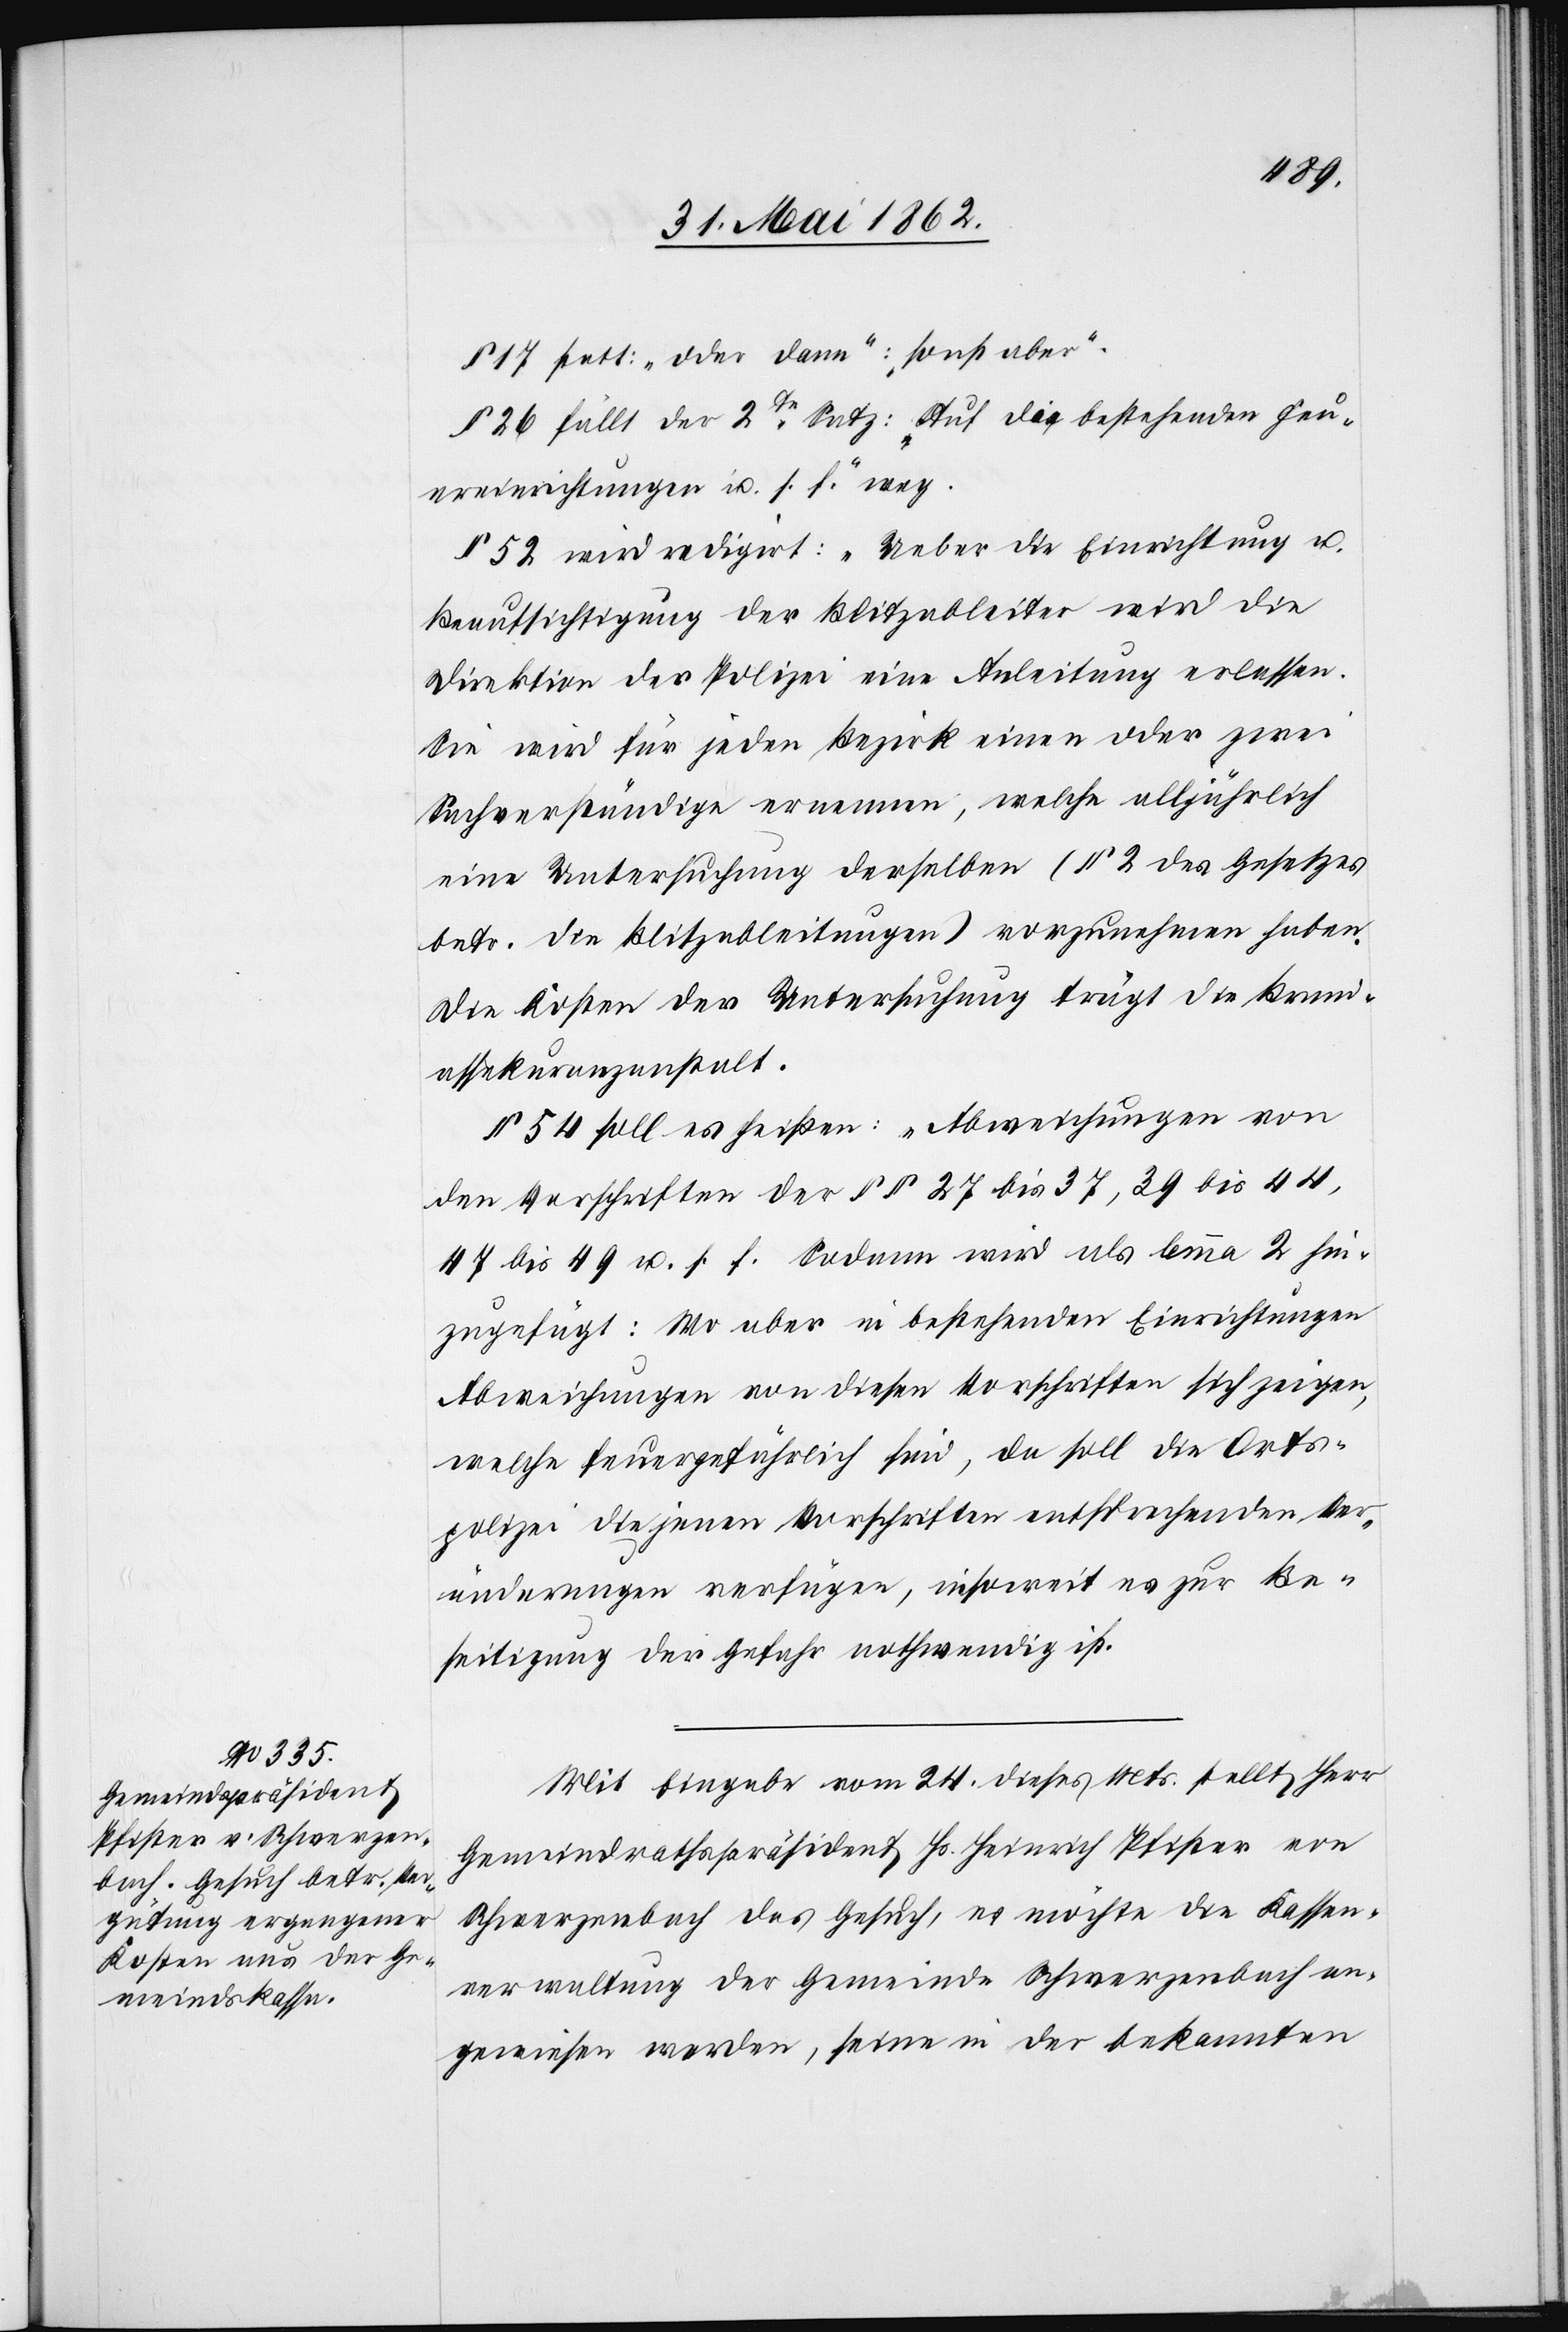
§ 17 statt „oder dann“, „sonst aber“
§ 26 fällt der 2te Satz: „Auf die bestehenden Feu¬
ereinrichtungen u. s. f.“ weg.
§ 52 wird redigirt: „Ueber die Einrichtung u.
Beaufsichtigung der Blitzableiter wird die
Direktion der Polizei eine Anleitung erlassen.
Sie wird für jeden Bezirk einen oder zwei
Sachverständige ernennen, welche alljährlich
eine Untersuchung derselben (§ 2 des Gesetzes
betr. die Blitzableitungen) vorzunehmen haben.
Die Kosten der Untersuchung trägt die Brand¬
assekuranzanstalt.
§ 54 soll es heißen: „Abweichungen von
den Vorschriften der §§ 27 bis 37, 39 bis 44,
47 bis 49 u. s. f. Sodann wird als lemma 2 hin¬
zugefügt: Wo aber in bestehenden Einrichtungen
Abweichungen von diesen Vorschriften sich zeigen,
welche feuergefährlich sind, da soll die Orts¬
polizei die jenen Vorschriften entsprechenden Ver¬
änderungen verfügen, insoweit es zur Be¬
seitigung der Gefahr nothwendig ist.
Mit Eingabe vom 24. dieses Mts. stellt Herr
Gemeindrathspräsident Hs. Heinrich Pfister von
Schwerzenbach das Gesuch, es möchte die Kassen¬
verwaltung der Gemeinde Schwerzenbach an¬
gewiesen werden, seine in der bekannten